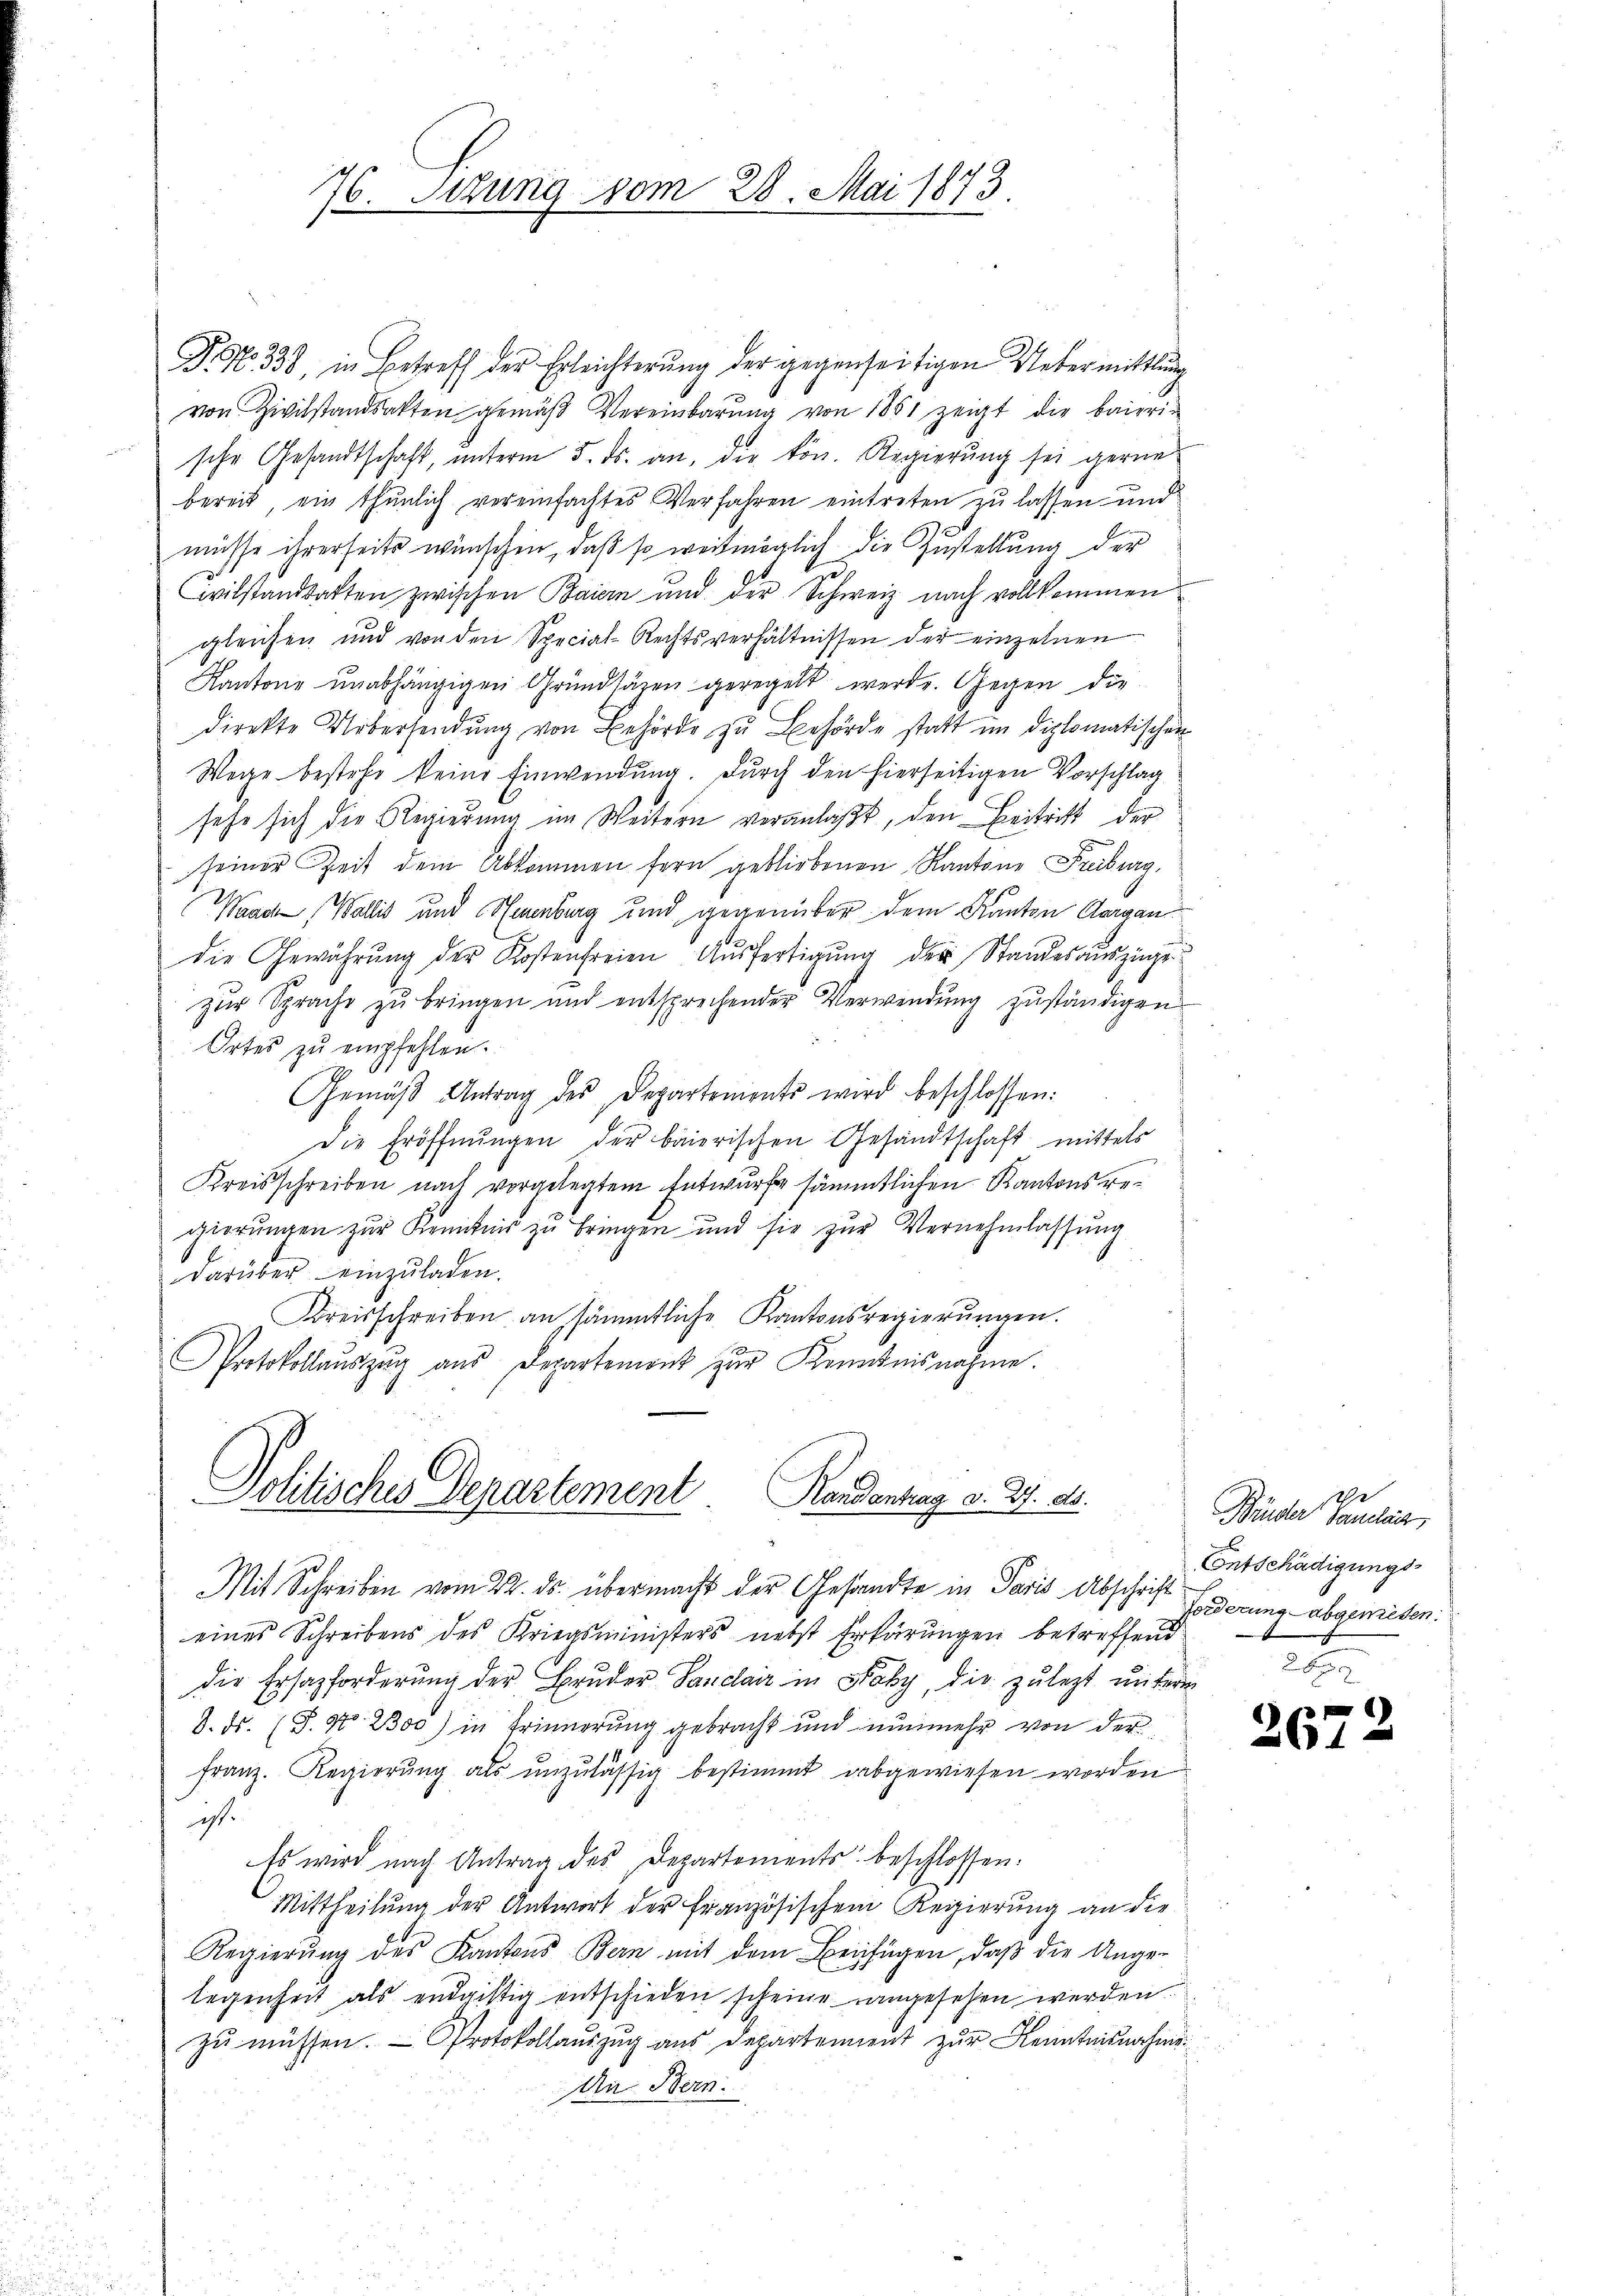
76. Setzung vom 28. Mai 1873.

P. Nr. 338, in Betreff der Erleichterung der gegenseitigen Uebermittlung
von Zivilstandsakten gemäß Vereinbarŭng von 1881 zeigt die baieri-
sche Gesandtschaft, unterm 5. ds. an, die kön. Regierung sei gerne-
bereit, ein thunlich vereinfachtes Verfahren eintreten zu lassen und
müsse ihrerseits wünschen, daß so weit möglich die Zustellung der
Civilstandsatten zwischen Baiern und der Schweiz nach vollkommen
gleichen und von den Special-Rechtsverhältnissen der einzelnen
Kantone unabhängigen Grundlagen geregelt werde. Gegen die
direkte Uebersendung von Behörde zu Behörde statt im Diplomatischen
Wege bestehe keine Einwendung. Durch den hierseitigen Vorschlag
sehe sich die Regierung im Weitern veranlaßt, den Beitritt der
seiner Zeit dem Abkommen fern gebliebenen Kantone Freiburg,
Waadt, Wallis und Sarnburg und gegenüber dem Kanton Aargau
die Gewährung der Kostenfreien Ausfertigung der Standesauszugezur Sprache zu bringen und entsprechender Verwendung zuständigen
Ortes zŭ empfehlen.
Gemäβ Antrag des Departements wird beschlossen:
Die Eröffnŭngen der baierischen Gesandtschaft mittels
Kreisschreiben nach vorgelegtem Entwurfe sämmtlichen Kantonsregierŭngen zur Kenntnis zu bringen und sie zŭr Vernehmlassung
darüber einzuladen.
Kreisschreiben an sämmtliche Kantonsregierungen.
Protokollaŭszŭg aŭs Departement zŭr Kenntnisnahme.
Politisches Departement
Randantrag v. 27. ds.
Mit Schreiben vom 22. ds. übermacht der Gesandte in Paris Abschrift forderung abgewiesen.
eines Schreibens des Kriegsministers nebst Erkärungen betreffend
die Ersazforderung der Bruder Sanclair in Baby, die zuletzt unterm
8. ds. (S. Nr. 2300) in Erinnerung gebracht und nunmehr von der
franz. Regierŭng als unzulässig bestimmt abgewiesen worden
ist.
Es wird nach Antrag des Departements beschlossen.
Mittheilung der Antwort der Französischem Regierung an die
Regierung des Kantons Bern mit dem Beifügen, daß die Ange-
legenheit als endgiftig entschieden scheine angesehen werden.
zu müssen. - Protokollauszug aus Departement zur Kenntnisnahme
An Bern.

Bänder Paulic
Entschädigungs¬

2672